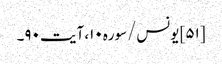
[۵۱] یونس/سوره۱۰، آیت ۹۰۔